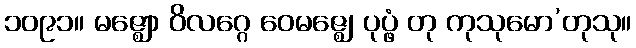
၁၀၉၁။ မဇ္ဈော ဝိလဂ္ဂေ ဝေမဇ္ဈေ၊ ပုပ္ဖံ တု ကုသုမော’တုသု။